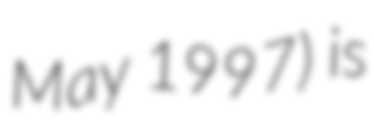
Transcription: May 1997) is